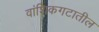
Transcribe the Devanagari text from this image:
वांशिकगटातील